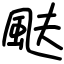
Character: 颫